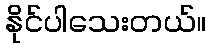
နိုင်ပါသေးတယ်။